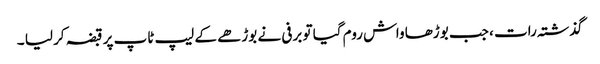
گذشتہ رات ، جب بوڑھا واش روم گیا تو برفی نے بوڑھے کے لیپ ٹاپ پر قبضہ کر لیا ۔